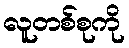
လူတစ်စုကို